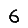
Digit: 6